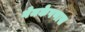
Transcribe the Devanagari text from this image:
नेमकेपणास